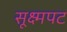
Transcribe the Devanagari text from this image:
सूक्ष्मपट